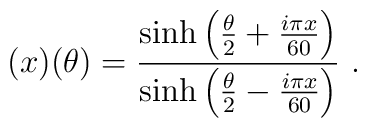
(x)(\theta)=\frac{\sinh\left(\frac{\theta}{2}+\frac{i\pi x}{60}\right)}     {\sinh\left(\frac{\theta}{2}-\frac{i\pi x}{60}\right)}~.